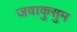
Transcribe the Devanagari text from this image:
जवाकुसुम